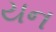
યન